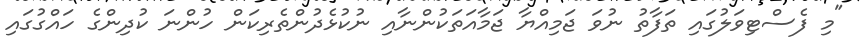
"މި ފެސްޓިވަލުގައި ތަފާތު ނުވަ ޖަމިއްޔާ ޖަމާއަތަކުންނާއި ނުކުޅެދުންތެރިކަން ހުންނަ ކުދިންގެ ހައްގުގައި